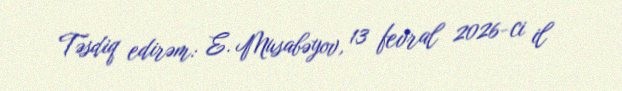
Təsdiq edirəm: E. Musabəyov, 13 fevral 2026-ci il